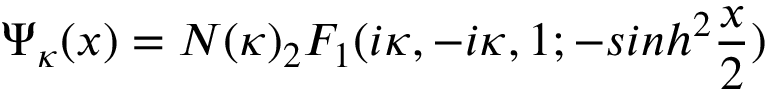
\Psi _ { \kappa } ( x ) = N ( \kappa ) _ { 2 } F _ { 1 } ( i \kappa , - i \kappa , 1 ; - s i n h ^ { 2 } \frac { x } { 2 } )